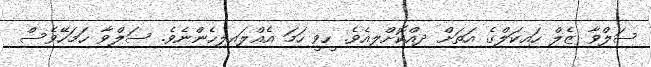
ސަލްވާ ޒެލް ހައިކަލްގެ އަތަށް ދިއްކޮށްލިއެވެ. ހީވީ ހަމަ އެއްލައިލިހެންނެވެ. ސަލްވާ ހަމަހޭވެސް